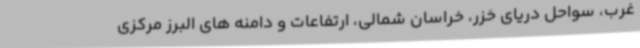
غرب، سواحل دریای خزر، خراسان شمالی، ارتفاعات و دامنه های البرز مرکزی